Leaving Certificate Examination (including Day School Certificate (Higher) General paper), 1933
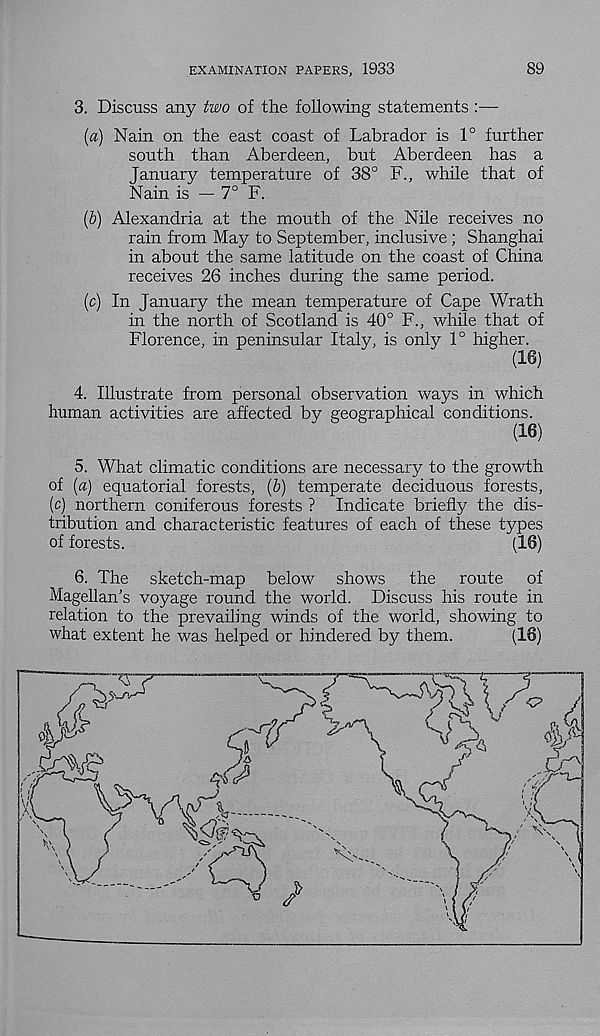
EXAMINATION PAPERS, 1933
89
3. Discuss any two of the following statements :—
(a) Nain on the east coast of Labrador is 1° further
south than Aberdeen, but Aberdeen has a
January temperature of 38° F., while that of
Nain is — 7° F.
(b) Alexandria at the mouth of the Nile receives no
rain from May to September, inclusive ; Shanghai
in about the same latitude on the coast of China
receives 26 inches during the same period.
(c) In January the mean temperature of Cape Wrath
in the north of Scotland is 40° F., while that of
Florence, in peninsular Italy, is only 1° higher.
(16)
4. Illustrate from personal observation ways in which
human activities are affected by geographical conditions.
(16)
5. What climatic conditions are necessary to the growth
of (a) equatorial forests, (b) temperate deciduous forests,
(c) northern coniferous forests ? Indicate briefly the dis-
tribution and characteristic features of each of these types
of forests.
(16)
6. The sketch-map below shows the route
of
Magellan’s voyage round the world. Discuss his route in
relation to the prevailing winds of the world, showing to
what extent he was helped or hindered by them.
(16)
v